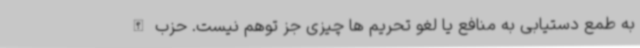
به طمع دستیابی به منافع یا لغو تحریم ها چیزی جز توهم نیست. حزب الله